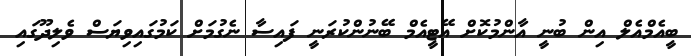
ބީއެމްއެލް އިން ބުނީ އާންމުކޮށް އޭޓީއެމް ބޭނުންކުރަނީ ފައިސާ ނެގުމަށް ކަމުގައިވިޔަސް ވެލިދޫގައި